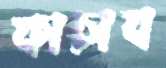
কাচাব